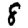
Digit: 8